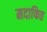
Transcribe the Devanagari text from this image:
मदाफित